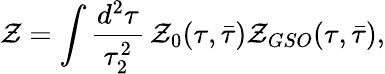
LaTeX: \mathcal{Z}=\int\frac{{d^{2}\tau}}{{\tau_{2}^{2}}}\, \mathcal{Z}_{0}(\tau,\bar{{\tau}})\mathcal{Z}_{GSO}(\tau,\bar{{\tau}}),